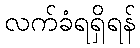
လက်ခံရရှိရန်